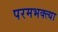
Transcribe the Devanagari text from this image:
परमभक्त्या